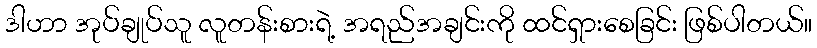
ဒါဟာ အုပ်ချုပ်သူ လူတန်းစားရဲ့ အရည်အချင်းကို ထင်ရှားစေခြင်း ဖြစ်ပါတယ်။